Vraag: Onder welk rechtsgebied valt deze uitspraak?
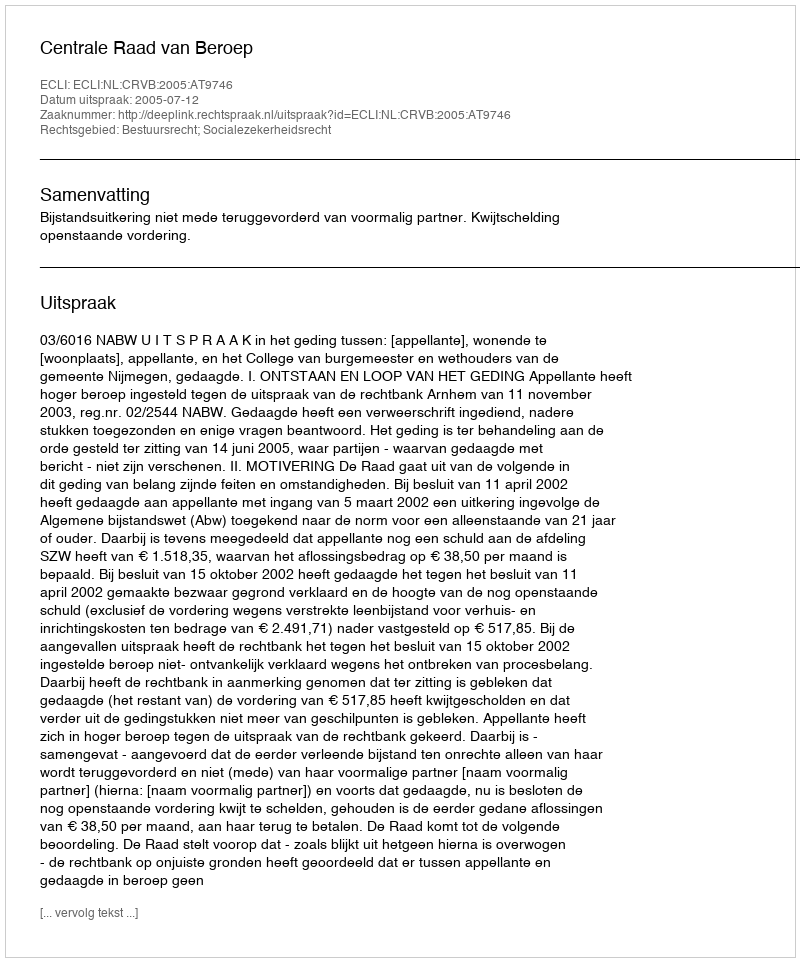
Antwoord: Bestuursrecht; Socialezekerheidsrecht